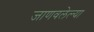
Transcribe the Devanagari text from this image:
जाणवलेल्या